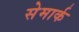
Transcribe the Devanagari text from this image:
सेमार्क